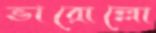
ভারোল্লো